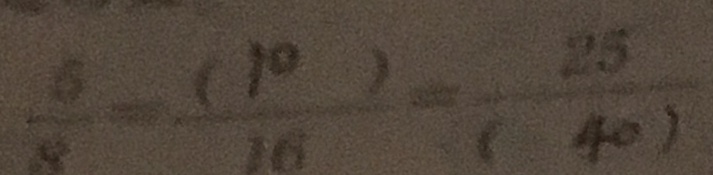
\frac { 6 } { 8 } = \frac { ( 1 0 ) } { 1 6 } = \frac { 2 5 } { ( 4 0 ) }